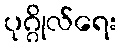
ပုဂ္ဂိုလ်ရေး